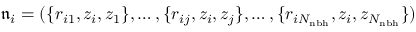
\mathfrak { n } _ { i } = ( \{ r _ { i 1 } , z _ { i } , z _ { 1 } \} , \ldots , \{ r _ { i j } , z _ { i } , z _ { j } \} , \ldots , \{ r _ { i N _ { \mathrm { n b h } } } , z _ { i } , z _ { N _ { \mathrm { n b h } } } \} )